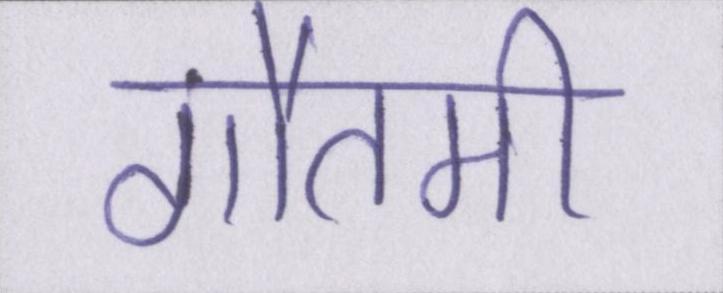
गौतमी